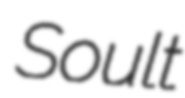
Soult